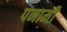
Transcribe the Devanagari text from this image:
पनामी